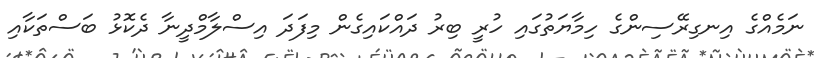
ނަމެއްގެ އިނގިރޭސިންގެ ހިމާޔަތުގައި ހުރީ ބިރު ދައްކައިގެން މިފަދަ އިސްލާމްދީނާ ދެކޮޅު ބަސްތަކާއި